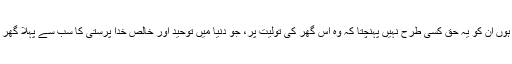
ظاہر ہے کہ جو لوگ اس کفر کے علم بردار ہوں ان کو یہ حق کسی طرح نہیں پہنچتا کہ وہ اس گھر کی تولیت پر، جو دنیا میں توحید اور خالص خدا پرستی کا سب سے پہلا گھر اور تمام مساجد الٰہی کا قبلہ ہے، قابض رہیں۔